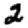
Digit: 2